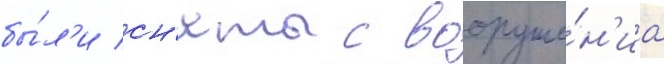
бы́л'и сн'яты с вооруже́н'иа